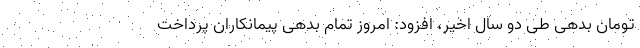
تومان بدهی طی دو سال اخیر، افزود: امروز تمام بدهی پیمانکاران پرداخت